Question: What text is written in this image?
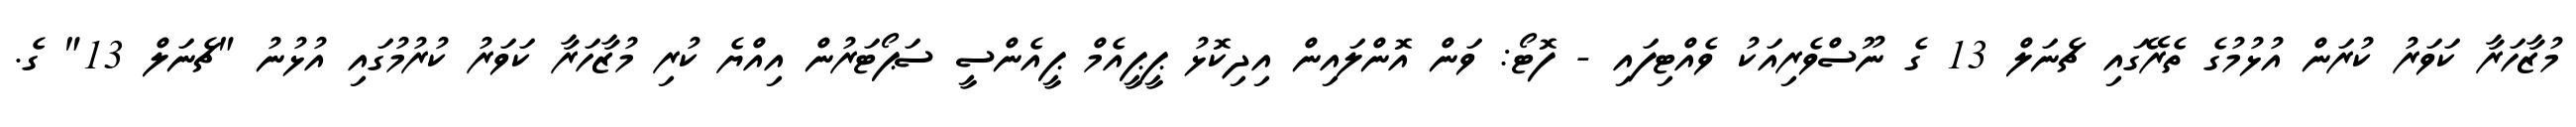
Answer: މުޒާހަރާ ކަވަރު ކުރަން އުޅުމުގެ ތެރޭގައި ޗެނަލް 13 ގެ ނޫސްވެރިއަކު ވެއްޓިފައި - ފޮޓޯ: ވަން އޮންލައިން އިދިކޮޅު ޕީޕީއެމް ޕީއެންސީ ސަޕޯޓަރުން އިއްޔެ ކުރި މުޒާހަރާ ކަވަރު ކުރުމުގައި އުޅުނު "ޗެނަލް 13" ގެ.